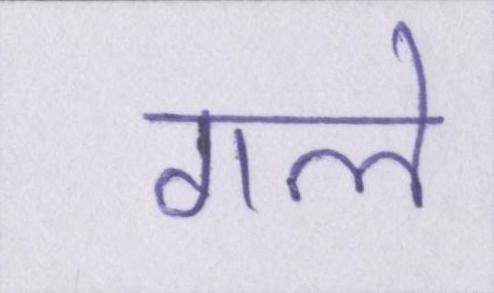
गले